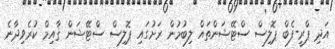
އަދި ޕްރީ-ފެބް ޕޮލިސް ސްޓޭޝަންތައް ލިބުމުން ރަށުގައި ޕޮލިސް ސްޓޭޝަން ޤާއިމް ކުުރެވިދާނެ